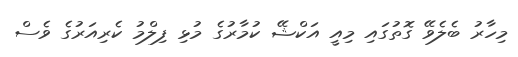
މިހާރު ބެލެވޭ ގޮތުގައި މިއީ އަކްޝޭ ކުމާރުގެ މުޅި ފިލްމު ކެރިއަރުގެ ވެސް